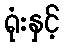
ရုံးနှင့်